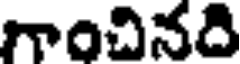
గాంచినది